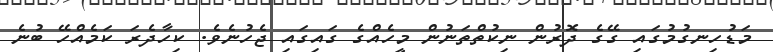
މަޑުހިނގުމުގައި ގޭގެ ދޮރުން ނިކުތްތަނުން މީހެއްގެ ގައިގައި ޖެހުނެވެ. ކިހާދެރަ ކަމެއްހޭ ބުނެ